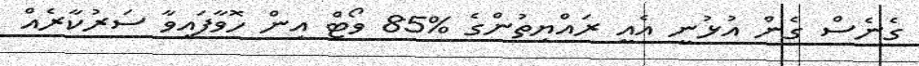
ގެނެސް ގެން އުޅުނީ އެއީ ރައްޔިތުންގެ %85 ވޯޓް އިން ހޮވާފައިވާ ސަރުކާރެއް